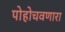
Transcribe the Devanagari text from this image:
पोहोचवणारा